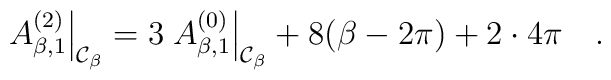
\left.  A_{\beta,1}^{(2)}\right|_{{\cal C}_\beta}=3\left.  A_{\beta,1}^{(0)}\right|_{{\cal C}_\beta}+8(\beta-2\pi)+ 2\cdot4\pi~~~.